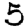
Digit: 5